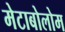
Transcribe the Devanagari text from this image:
मेटाबोलोम